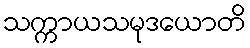
သက္ကာယသမုဒယောတိ